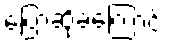
ပြောဆိုခဲ့ကြောင်း